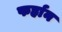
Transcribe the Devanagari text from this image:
फर्हान